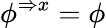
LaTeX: \phi^{\Rightarrow x}=\phi